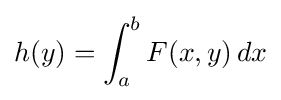
h(y)=\int _{a}^{b}F(x,y)\,dx